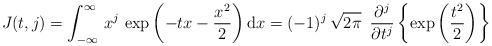
LaTeX: \begin{align*}J(t,j)=\int_{-\infty}^{\infty}\,x^{j}\,\exp\left(-t x-\frac{x^2}{2}\right)\mathrm{d}x=(-1)^j\,\sqrt{2\pi}\,\,\,\frac{\partial^j}{\partial t^j}\left\{\exp\left(\frac{t^2}{2}\right)\right\}\end{align*}